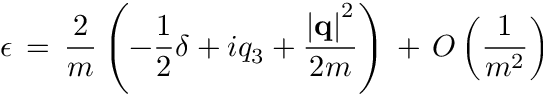
\epsilon \, = \, \frac { 2 } { m } \left( - \frac { 1 } { 2 } \delta + i q _ { 3 } + \frac { \left| { \bf q } \right| ^ { 2 } } { 2 m } \right) \, + \, O \left( \frac { 1 } { m ^ { 2 } } \right)